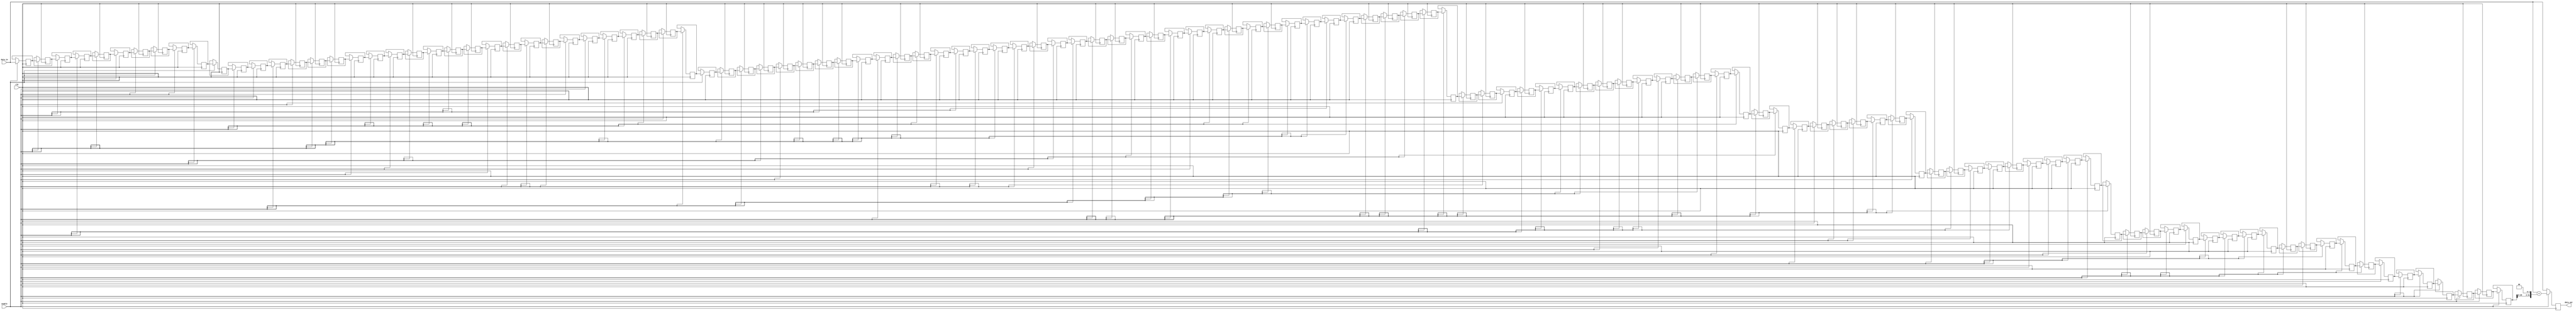
module echo
	#(parameter RESOLUTION = 32, DEPTH = 128)
	( 
	input clk, enable,
	input [RESOLUTION - 1:0] data_in,
	output reg [RESOLUTION - 1:0] data_out
	);
		
	reg [RESOLUTION - 1:0] buffer [DEPTH-1:0];
	integer i;
	
	always @(posedge clk)
		begin
			if (!enable)
				data_out <= data_in;
			else begin
				data_out <= data_in + (buffer[DEPTH-1]<<2);
				
				for (i = DEPTH-1; i>0; i = i-1)
					begin
						buffer[i] <= buffer[i-1];
					end
					
				buffer[0] <= data_in;
			end
		end
		
	endmodule